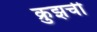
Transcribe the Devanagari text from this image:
क्रुझची